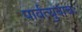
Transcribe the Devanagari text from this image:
पार्वत्युवाचः